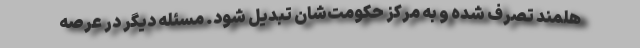
هلمند تصرف شده و به مرکز حکومت‌شان تبدیل شود. مسئله دیگر در عرصه